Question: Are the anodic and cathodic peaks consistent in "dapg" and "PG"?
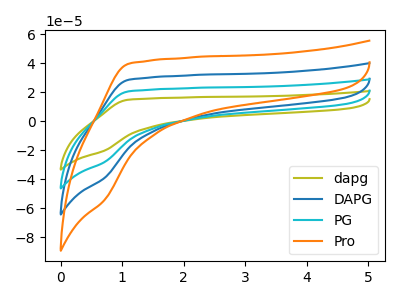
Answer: <think>The olive curve "dapg" has no peaks. The blue curve "DAPG" has no peaks. The cyan curve "PG" has no peaks. The orange curve "Pro" has no peaks.</think>
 <answer>Niether CV has any peaks.</answer>
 <eval>blanks</eval>